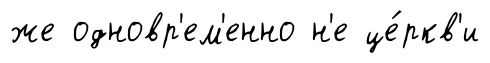
же одновр'ем'енно н'е це́ркв'и